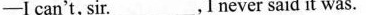
-I can't,sir.___,I never said it was.